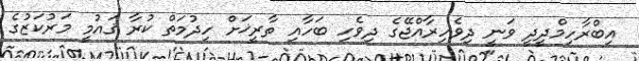
އިބްރާހިމްދީދީ ވަނީ ދިވެހިރާއްޖޭގެ ދިވެހި ބަހާއި ތާރީޚަށް ހިދުމަތް ކުރާ ޤައުމީ މަރުކަޒުގެ